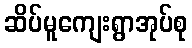
ဆိပ်မူကျေးရွာအုပ်စု